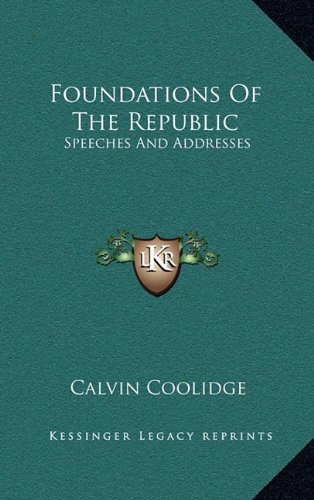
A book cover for Foundations Of The Republic: Speeches And Addresses; Calvin Coolidge; Literature & Fiction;